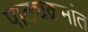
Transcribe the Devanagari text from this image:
पाठ्यक्रमांत